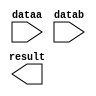
module SUB_Y (
	dataa,
	datab,
	result);

	input	[10:0]  dataa;
	input	[10:0]  datab;
	output	[10:0]  result;

endmodule